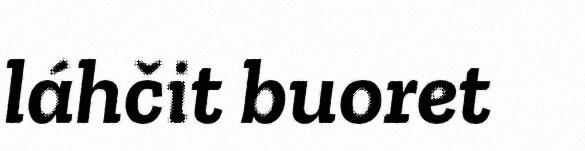
láhčit buoret